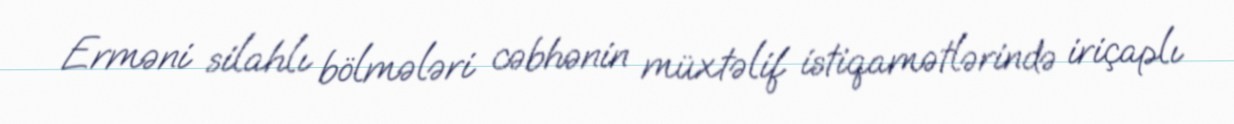
Erməni silahlı bölmələri cəbhənin müxtəlif istiqamətlərində iriçaplı